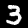
Digit: 3